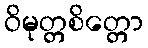
ဝိမုတ္တစိတ္တော